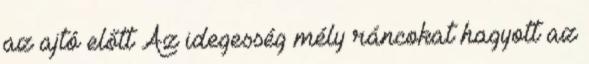
az ajtó előtt Az idegesség mély ráncokat hagyott az